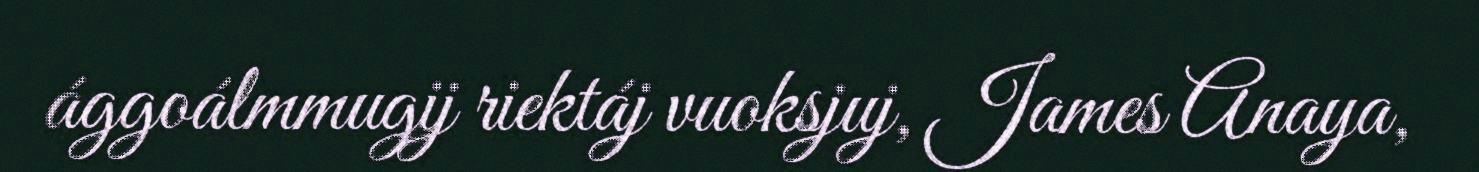
ággoálmmugij riektáj vuoksjuj, James Anaya,